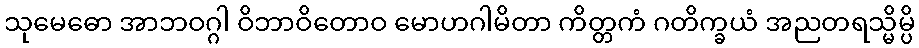
သုမေဓော အာဘဝဂ္ဂါ ဝိဘာဝိတောဝ မောဟဂါမိတာ ကိတ္တကံ ဂတိက္ခယံ အညတရသ္မိမ္ပိ